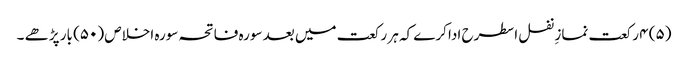
(۵) ۴ رکعت نمازِ نفل اسطرح ادا کرے کہ ہر رکعت میں بعد سورہ فاتحہ سورہ اخلاص (۵۰) بار پڑھے ۔